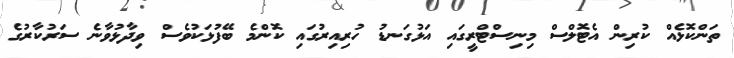
ތަންކޮޅެއް ކުރިން އެޓޮލްސް މިނިސްޓްރީގައި އަޅުގަނޑު ހުރިއިރުގައި ކޮންމެ ބޭފުޅަކުވެސް ވިދާޅުވާނެ ސަރުކާރުގެ